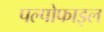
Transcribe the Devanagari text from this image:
पल्पोफाइल